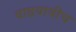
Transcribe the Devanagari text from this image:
वाढवावीच